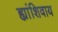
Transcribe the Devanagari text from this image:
ह्यांशिवाय